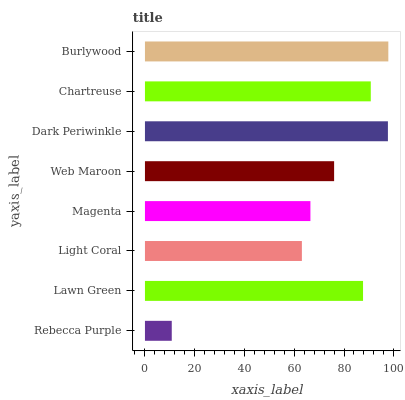
| yaxis_label | bars |
 | --- | --- |
 | Rebecca Purple | 10.8 |
 | Lawn Green | 87.7 |
 | Light Coral | 63.1 |
 | Magenta | 66.5 |
 | Web Maroon | 76 |
 | Dark Periwinkle | 97.7 |
 | Chartreuse | 90.8 |
 | Burlywood | 97.8 |